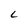
Character: C